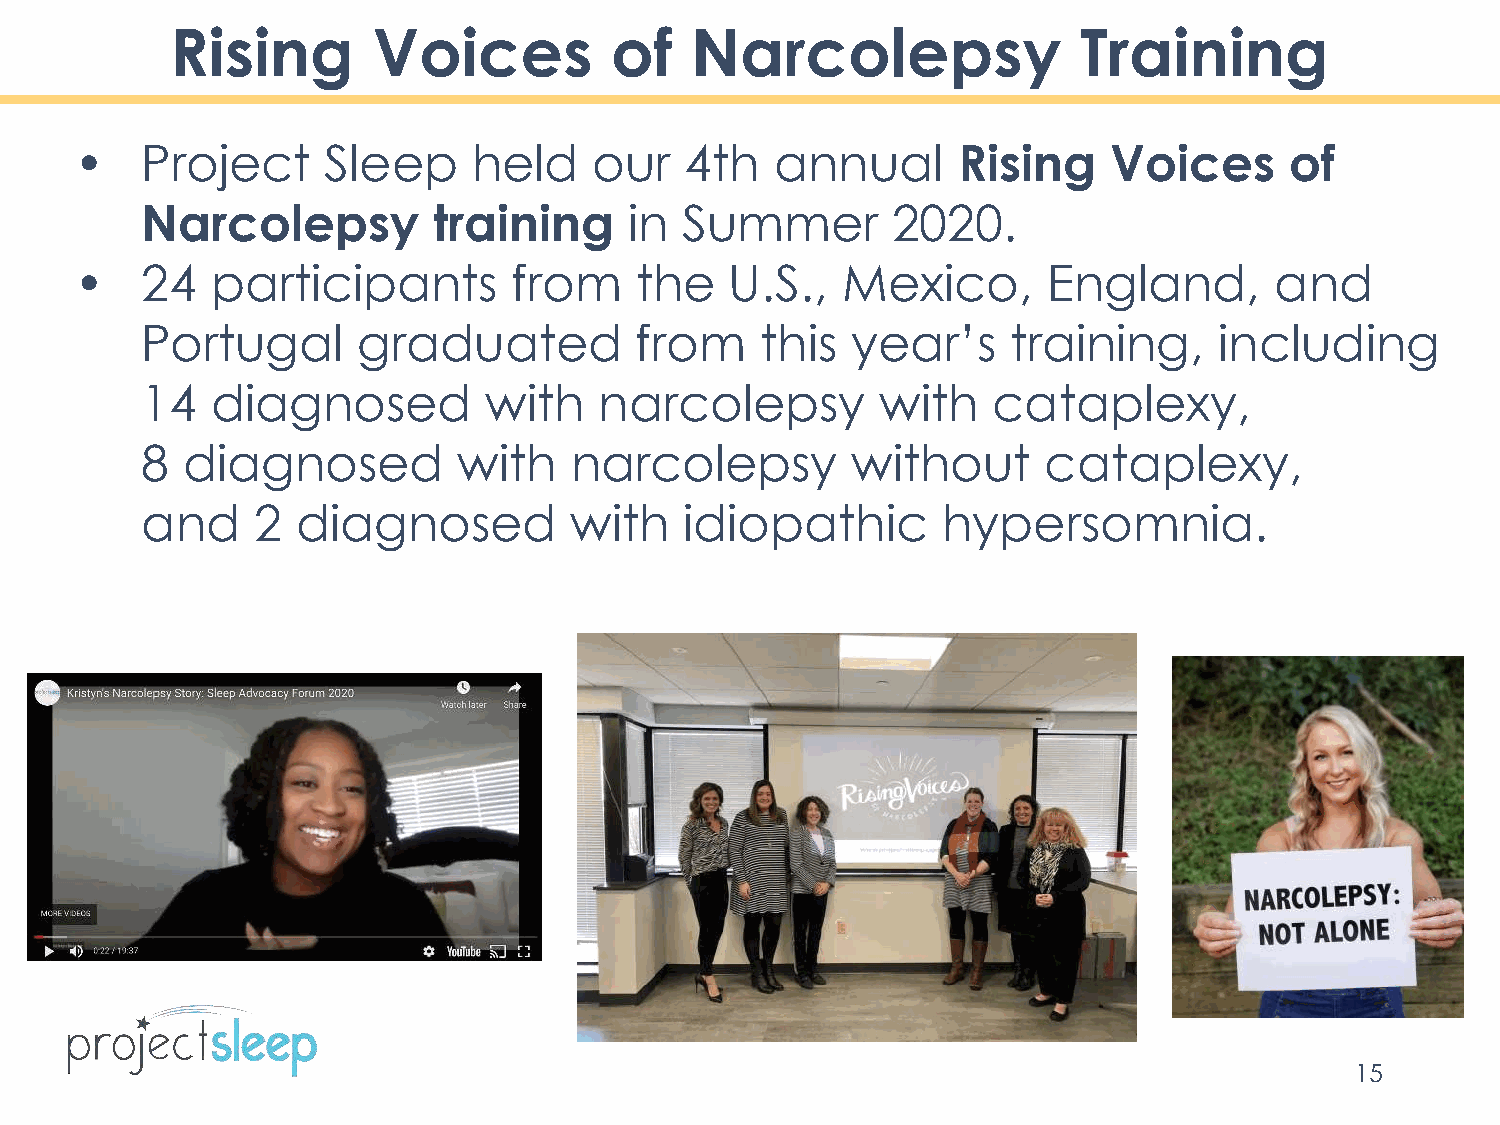
Rising        Voices         of    Narcolepsy               Training
 •   Project     Sleep     held    our   4th   annual      Rising    Voices      of
 Narcolepsy          training     in Summer        2020.
 •   24   participants        from    the   U.S.,   Mexico,      England,       and
 Portugal       graduated         from    this  year’s     training,     including
 14   diagnosed         with    narcolepsy        with    cataplexy,
 8  diagnosed         with    narcolepsy        without      cataplexy,
 and     2  diagnosed         with   idiopathic       hypersomnia.
 15